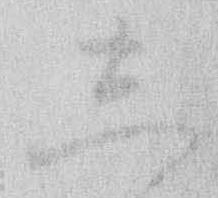
し